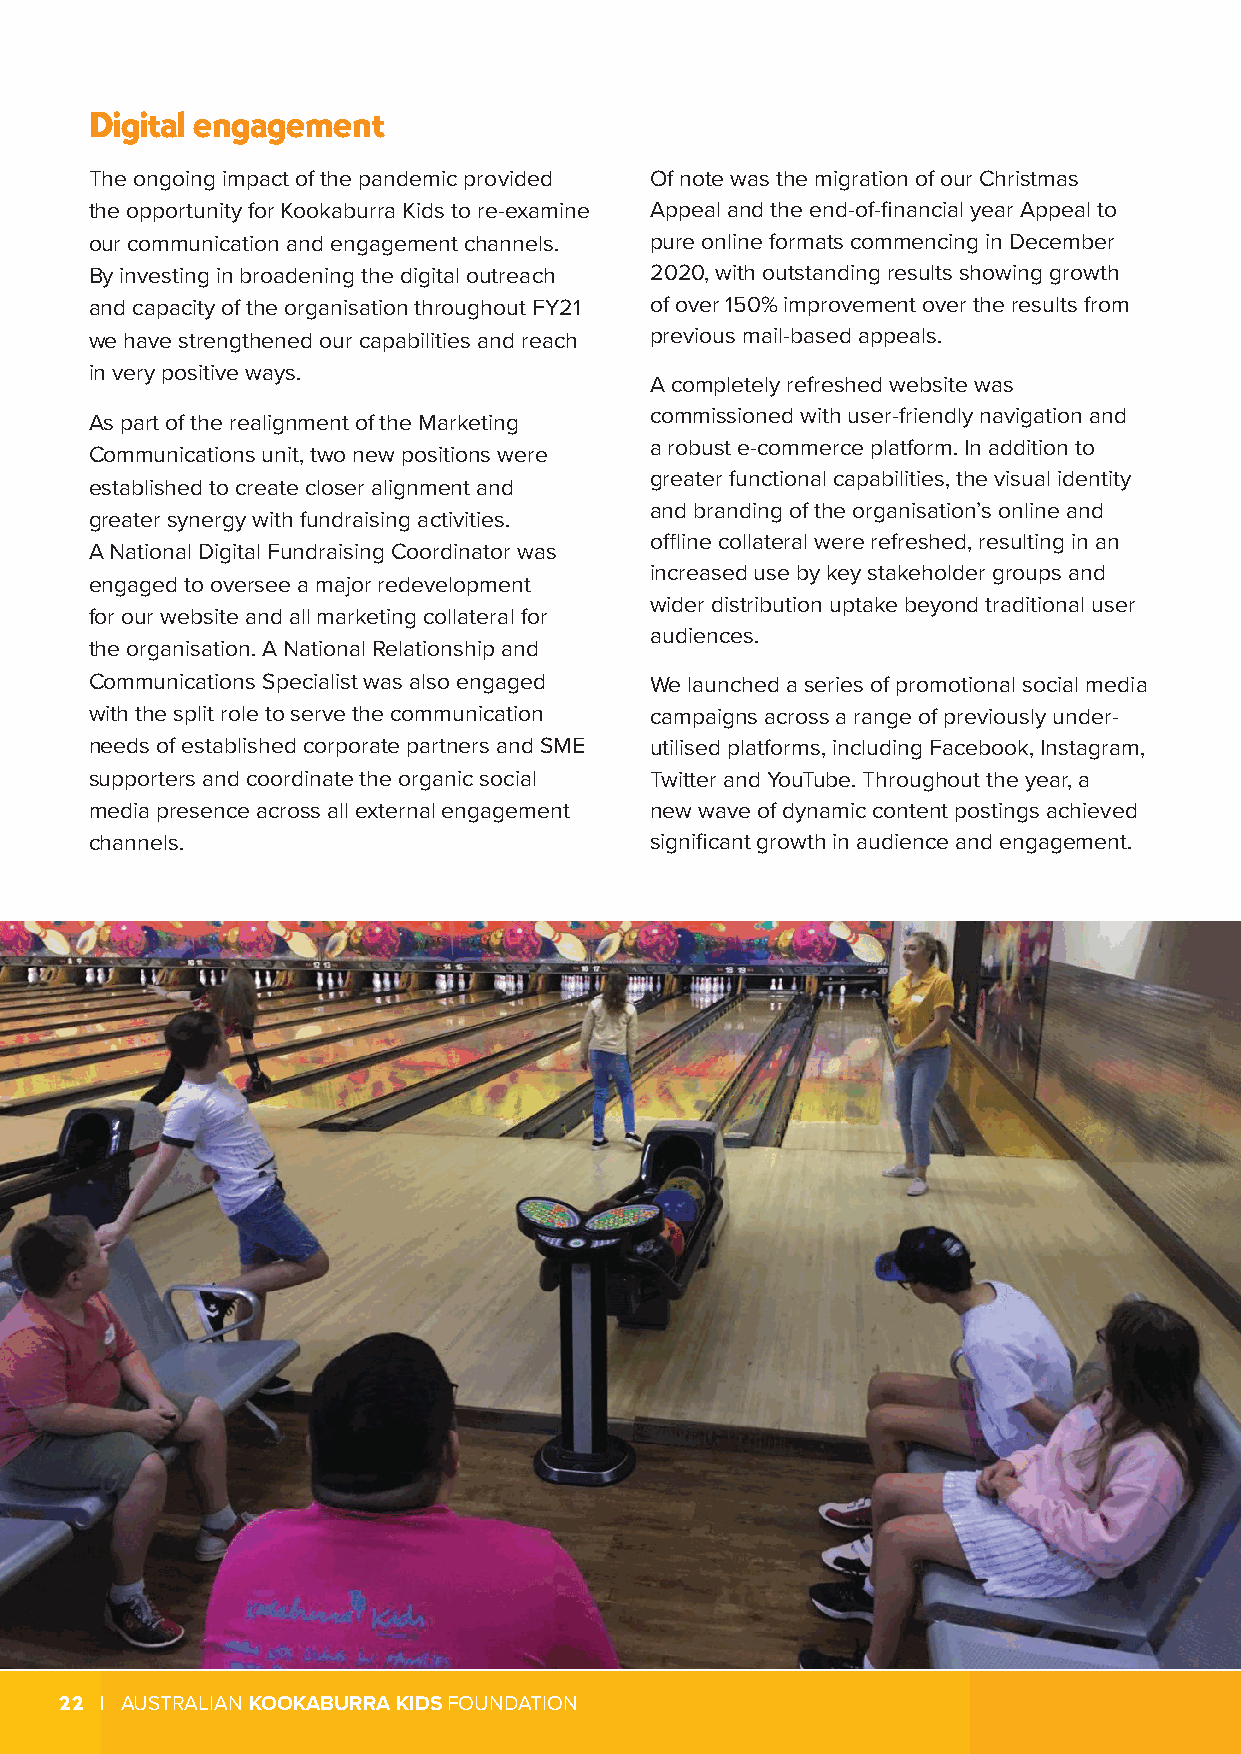
Digital engagement
 The ongoing impact of the pandemic provided Of note was the migration of our Christmas
 the opportunity for Kookaburra Kids to re-examine Appeal and the end-of-financial year Appeal to
 our communication and engagement channels. pure online formats commencing in December
 By investing in broadening the digital outreach 2020, with outstanding results showing growth
 and capacity of the organisation throughout FY21 of over 150% improvement over the results from
 we have strengthened our capabilities and reach previous mail-based appeals.
 in very positive ways.
 A completely refreshed website was
 commissioned with user-friendly navigation and
 As part of the realignment of the Marketing
 a robust e-commerce platform. In addition to
 Communications unit, two new positions were
 greater functional capabilities, the visual identity
 established to create closer alignment and
 and branding of the organisation’s online and
 greater synergy with fundraising activities.
 offline collateral were refreshed, resulting in an
 A National Digital Fundraising Coordinator was
 increased use by key stakeholder groups and
 engaged to oversee a major redevelopment
 wider distribution uptake beyond traditional user
 for our website and all marketing collateral for
 audiences.
 the organisation. A National Relationship and
 Communications Specialist was also engaged We launched a series of promotional social media
 with the split role to serve the communication campaigns across a range of previously under-
 needs of established corporate partners and SME utilised platforms, including Facebook, Instagram,
 supporters and coordinate the organic social Twitter and YouTube. Throughout the year, a
 media presence across all external engagement new wave of dynamic content postings achieved
 channels.                            significant growth in audience and engagement.
 22 | AUSTRALIAN KOOKABURRA KIDS FOUNDATION